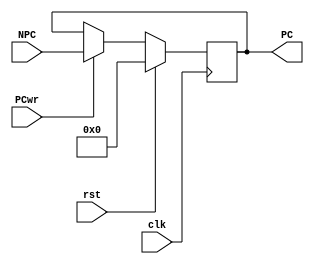
module RISCV_PC(input clk,input rst,input PCwr,input [31:0] NPC,output [31:0] PC);

reg [31:0] npc_reg;
    
always @(posedge clk)
begin
if(rst)
npc_reg <= 32'h00000000;
else if(PCwr)
npc_reg = NPC;
end
    
assign PC = npc_reg;

endmodule